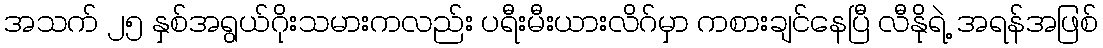
အသက် ၂၅ နှစ်အရွယ်ဂိုးသမားကလည်း ပရီးမီးယားလိဂ်မှာ ကစားချင်နေပြီ လီနိုရဲ့ အရန်အဖြစ်